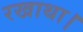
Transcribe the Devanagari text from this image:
रखाथा।